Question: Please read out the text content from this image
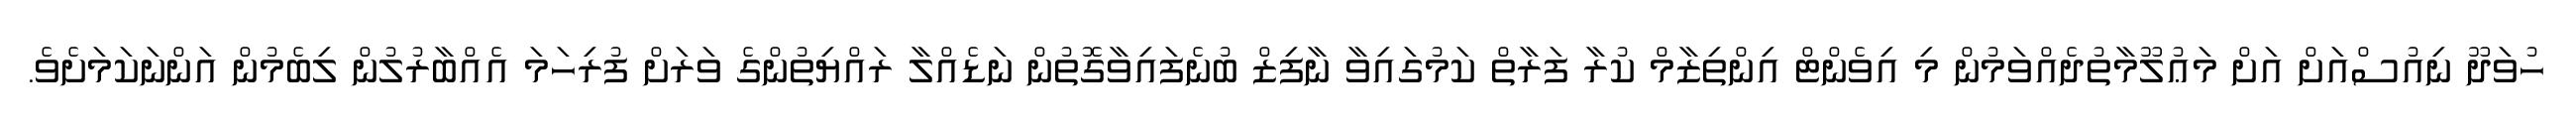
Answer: ހުވަދޫ ނިއުސްއަށް އަށް މަޢުލޫމާތުދެއްވަމުން މި އިވެންޓް އިންތިޒާމް ކުރާ ފަރާތް ކަމުގައިވާ ނާފިޒް ބުނެފައިވާގޮތުން ނަޑެއްލާ ރައްޔިތުންގެ ވަރަށް ފުރިހަމަ އެއްބާރުލުން ލިބެމުން އަންނަކަމަށެވެ.